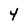
Character: 4